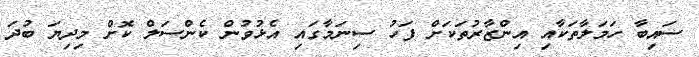
ސައިބާ ހަމަލާތަކާއި އިންޒާރުތަކަށް ފަހު ސިނަމާގައި އެޅުވުން ކެންސަލް ކޮށް މިދިޔަ ބުދަ